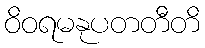
ဝိဝရမနုပတတီတိ